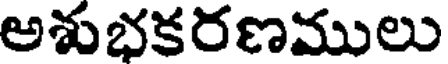
అశుభకరణములు